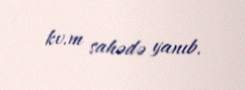
kv.m sahədə yanıb.